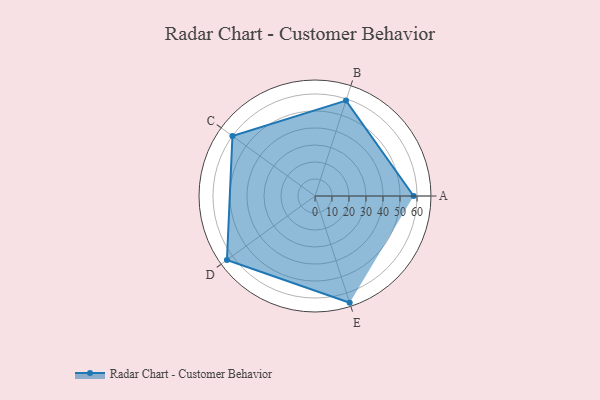
{"axis": {"x": "Skill", "y": "Score"}, "legend": ["Profile"], "data": [{"x": "A", "y": 58.0, "type": "Profile"}, {"x": "B", "y": 59.0, "type": "Profile"}, {"x": "C", "y": 60.0, "type": "Profile"}, {"x": "D", "y": 64.0, "type": "Profile"}, {"x": "E", "y": 66.0, "type": "Profile"}]}